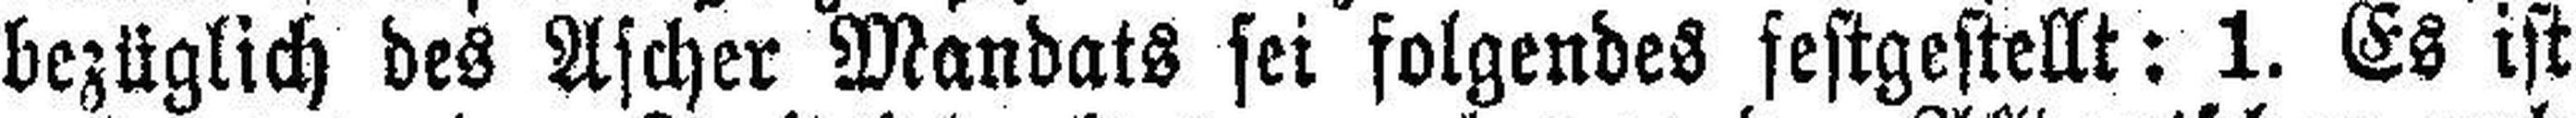
bezüglich des Ascher Mandats sei folgendes festgestellt: 1. Es ist